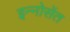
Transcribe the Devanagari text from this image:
इन्नोसेंत